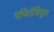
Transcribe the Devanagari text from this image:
एपिलेप्तिचुस